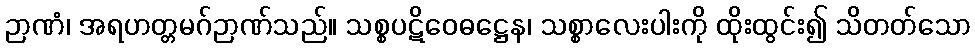
ဉာဏံ၊ အရဟတ္တမဂ်ဉာဏ်သည်။ သစ္စပဋိဝေဓဋ္ဌေန၊ သစ္စာလေးပါးကို ထိုးထွင်း၍ သိတတ်သော